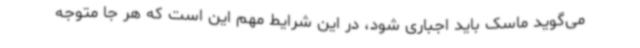
می‌گوید ماسک باید اجباری شود، در این شرایط مهم این است که هر جا متوجه